Vital statistics of India. Vol. V, Reports of 1876 on armies & jails and on epidemic cholera
Year: 1876
Disease focus: Cholera
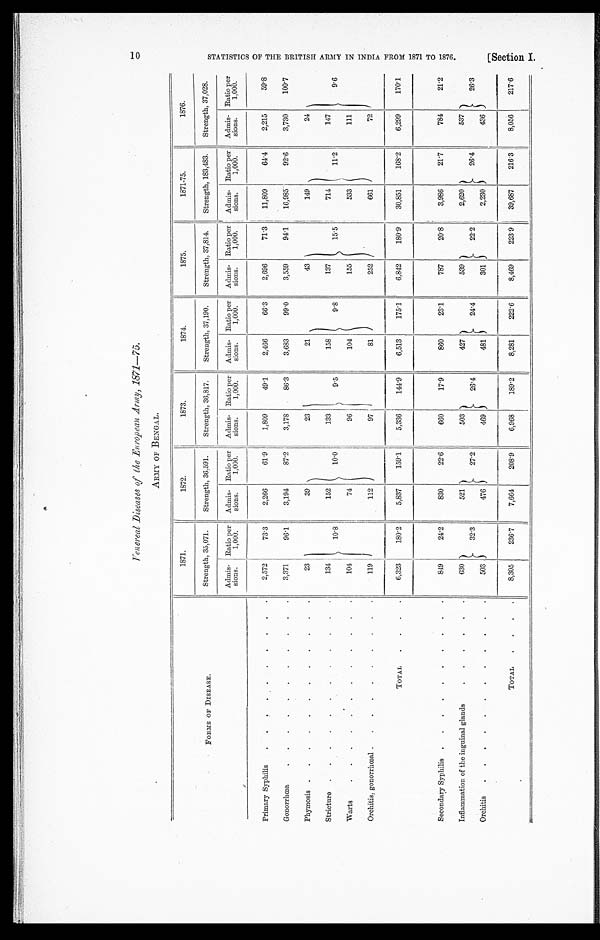
Venereal Diseases of the European Army, 1871—75.
ARMY OF BENGAL.
1871.
1872.
1873.
1874.
1875.
1871-75.
1876.
FORMS OF DISEASE.
Strength, 35,071.
Strength, 36,591.
Strength, 36,817.
Strength, 37,190.
Strength, 37,814.
Strength, 183,483.
Strength, 37,028.
Admis-
sions.
Ratio per
1,000.
Admis-
sions.
Ratio per
1,000.
Admis-
sions.
Ratio per
1,000.
Admis-
sions.
Ratio per
1,000.
Admis-
sions.
Ratio per
1,000.
Admis-
sions.
Ratio per
1,000.
Admis-
sions.
Ratio per
1,000.
Primary Syphilis
. . .
2,572
73.3
2,266
61.9
1,809
49.1
2,466
66.3
2,696
71.3 11,809
64.4
2,215
59.8
Gonorrhœa . . .
3,371
96.1
3,194
87.2
3,178
86.3
3,683
99.0
3,559
94.1
1 6 , 9 8 5
92.6
3,730
100.7
Phymosis . . .
23
10.8
39
10.0
23
9.5
21
9.8
43
15.5
149
11.2
24
9.6
Stricture . . .
1 3 4
152
133
158
137
714
147
Warts . . .
104
74
96
104
155
533
111
Orchitis, gonorrhœal . . .
119
112
97
81
252
661
72
TOTAL
. . .
6,323
180.2
5,837
159.1
5,336
144.9
6,513
175.1
6,842
180.9
30,851
168.2
6,299
170.1
Secondary Syphilis . . .
849
24.2
830
22.6
660
17.9
860
23.1
787
20.8
3,986
21.7
784
21.2
Inflammation of the inguinal glands . . .
630
32.3
52
2 7 . 2
503
26.4
427
24.4
539
22.2
2,620
26.4
537
26.3
Orchitis . . .
503
476
469
481
301
2,230
436
TOTAL
. . .
8,305
236.7
7,664
208.9
6,968
1 8 9 . 2
8,281
2 2 2 . 6
8,469
223.9
39,687
216.3
8,056
217.6
10
S T A T I S T I C S O F T H E B R I T I S H J A R M Y I N I N D I A F R O M 1 8 7 1 T O 1 8 7 6 .
[ S e c t i o n I .